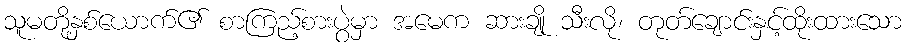
သူမတို့နှစ်ယောက်၏ စာကြည့်စားပွဲမှာ အမေက ဆားချို သီးလို၊ တုတ်ချောင်းနှင့်ထိုးထားသော